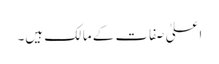
اعلیٰ صفات کے مالک ہیں۔